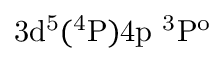
\mathrm { 3 d ^ { 5 } ( ^ { 4 } P ) 4 p \ ^ { 3 } P ^ { o } }